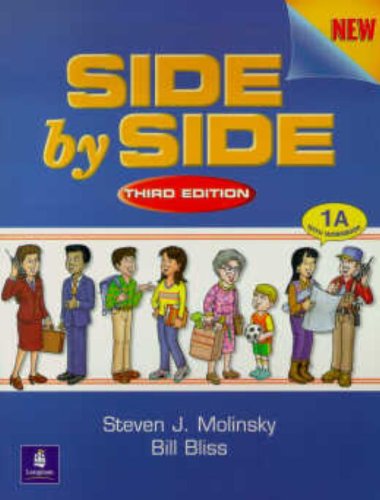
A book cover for Side by Side 1 Student Book/Workbook 1A (bk. 1a); Steven J. Molinsky; Reference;